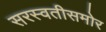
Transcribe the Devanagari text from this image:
सरस्वतीसमोर